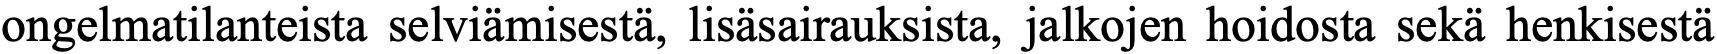
ongelmatilanteista selviämisestä, lisäsairauksista, jalkojen hoidosta sekä henkisestä